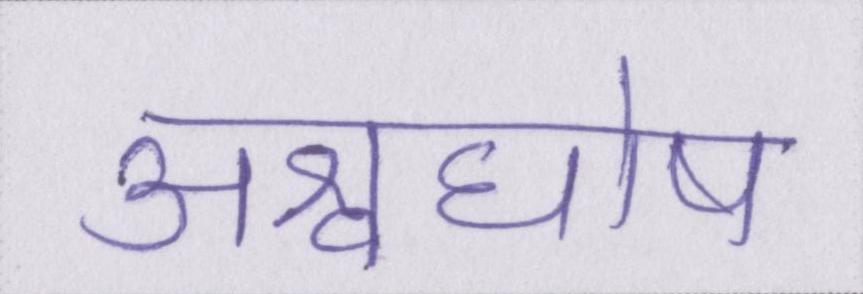
अश्वघोष